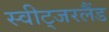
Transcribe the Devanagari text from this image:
स्वीट्‍जरलैंड